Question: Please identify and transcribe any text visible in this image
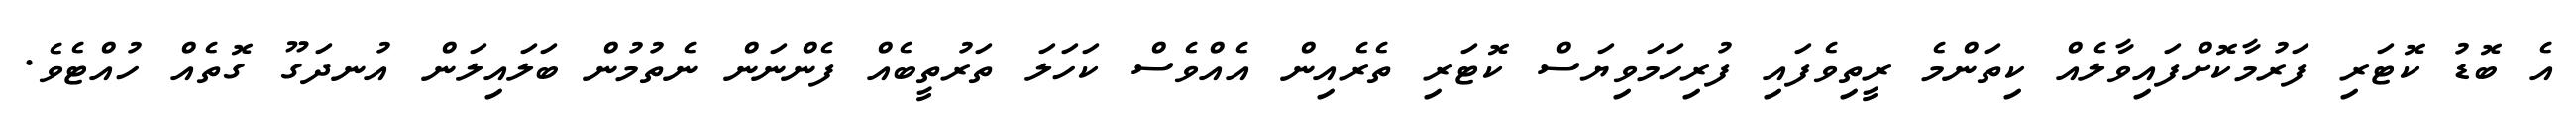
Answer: އެ ބޮޑު ކޮޓަރި ފަރުމާކޮށްފައިވާލެއް ކިތަންމެ ރީތިވެފައި ފުރިހަމަވިޔަސް ކޮޓަރި ތެރެއިން އެއްވެސް ކަހަލަ ތަރުތީބެއް ފެންނަން ނެތުމުން ބަލައިލަން އުނދަގޫ ގޮތެއް ހުއްޓެވެ.